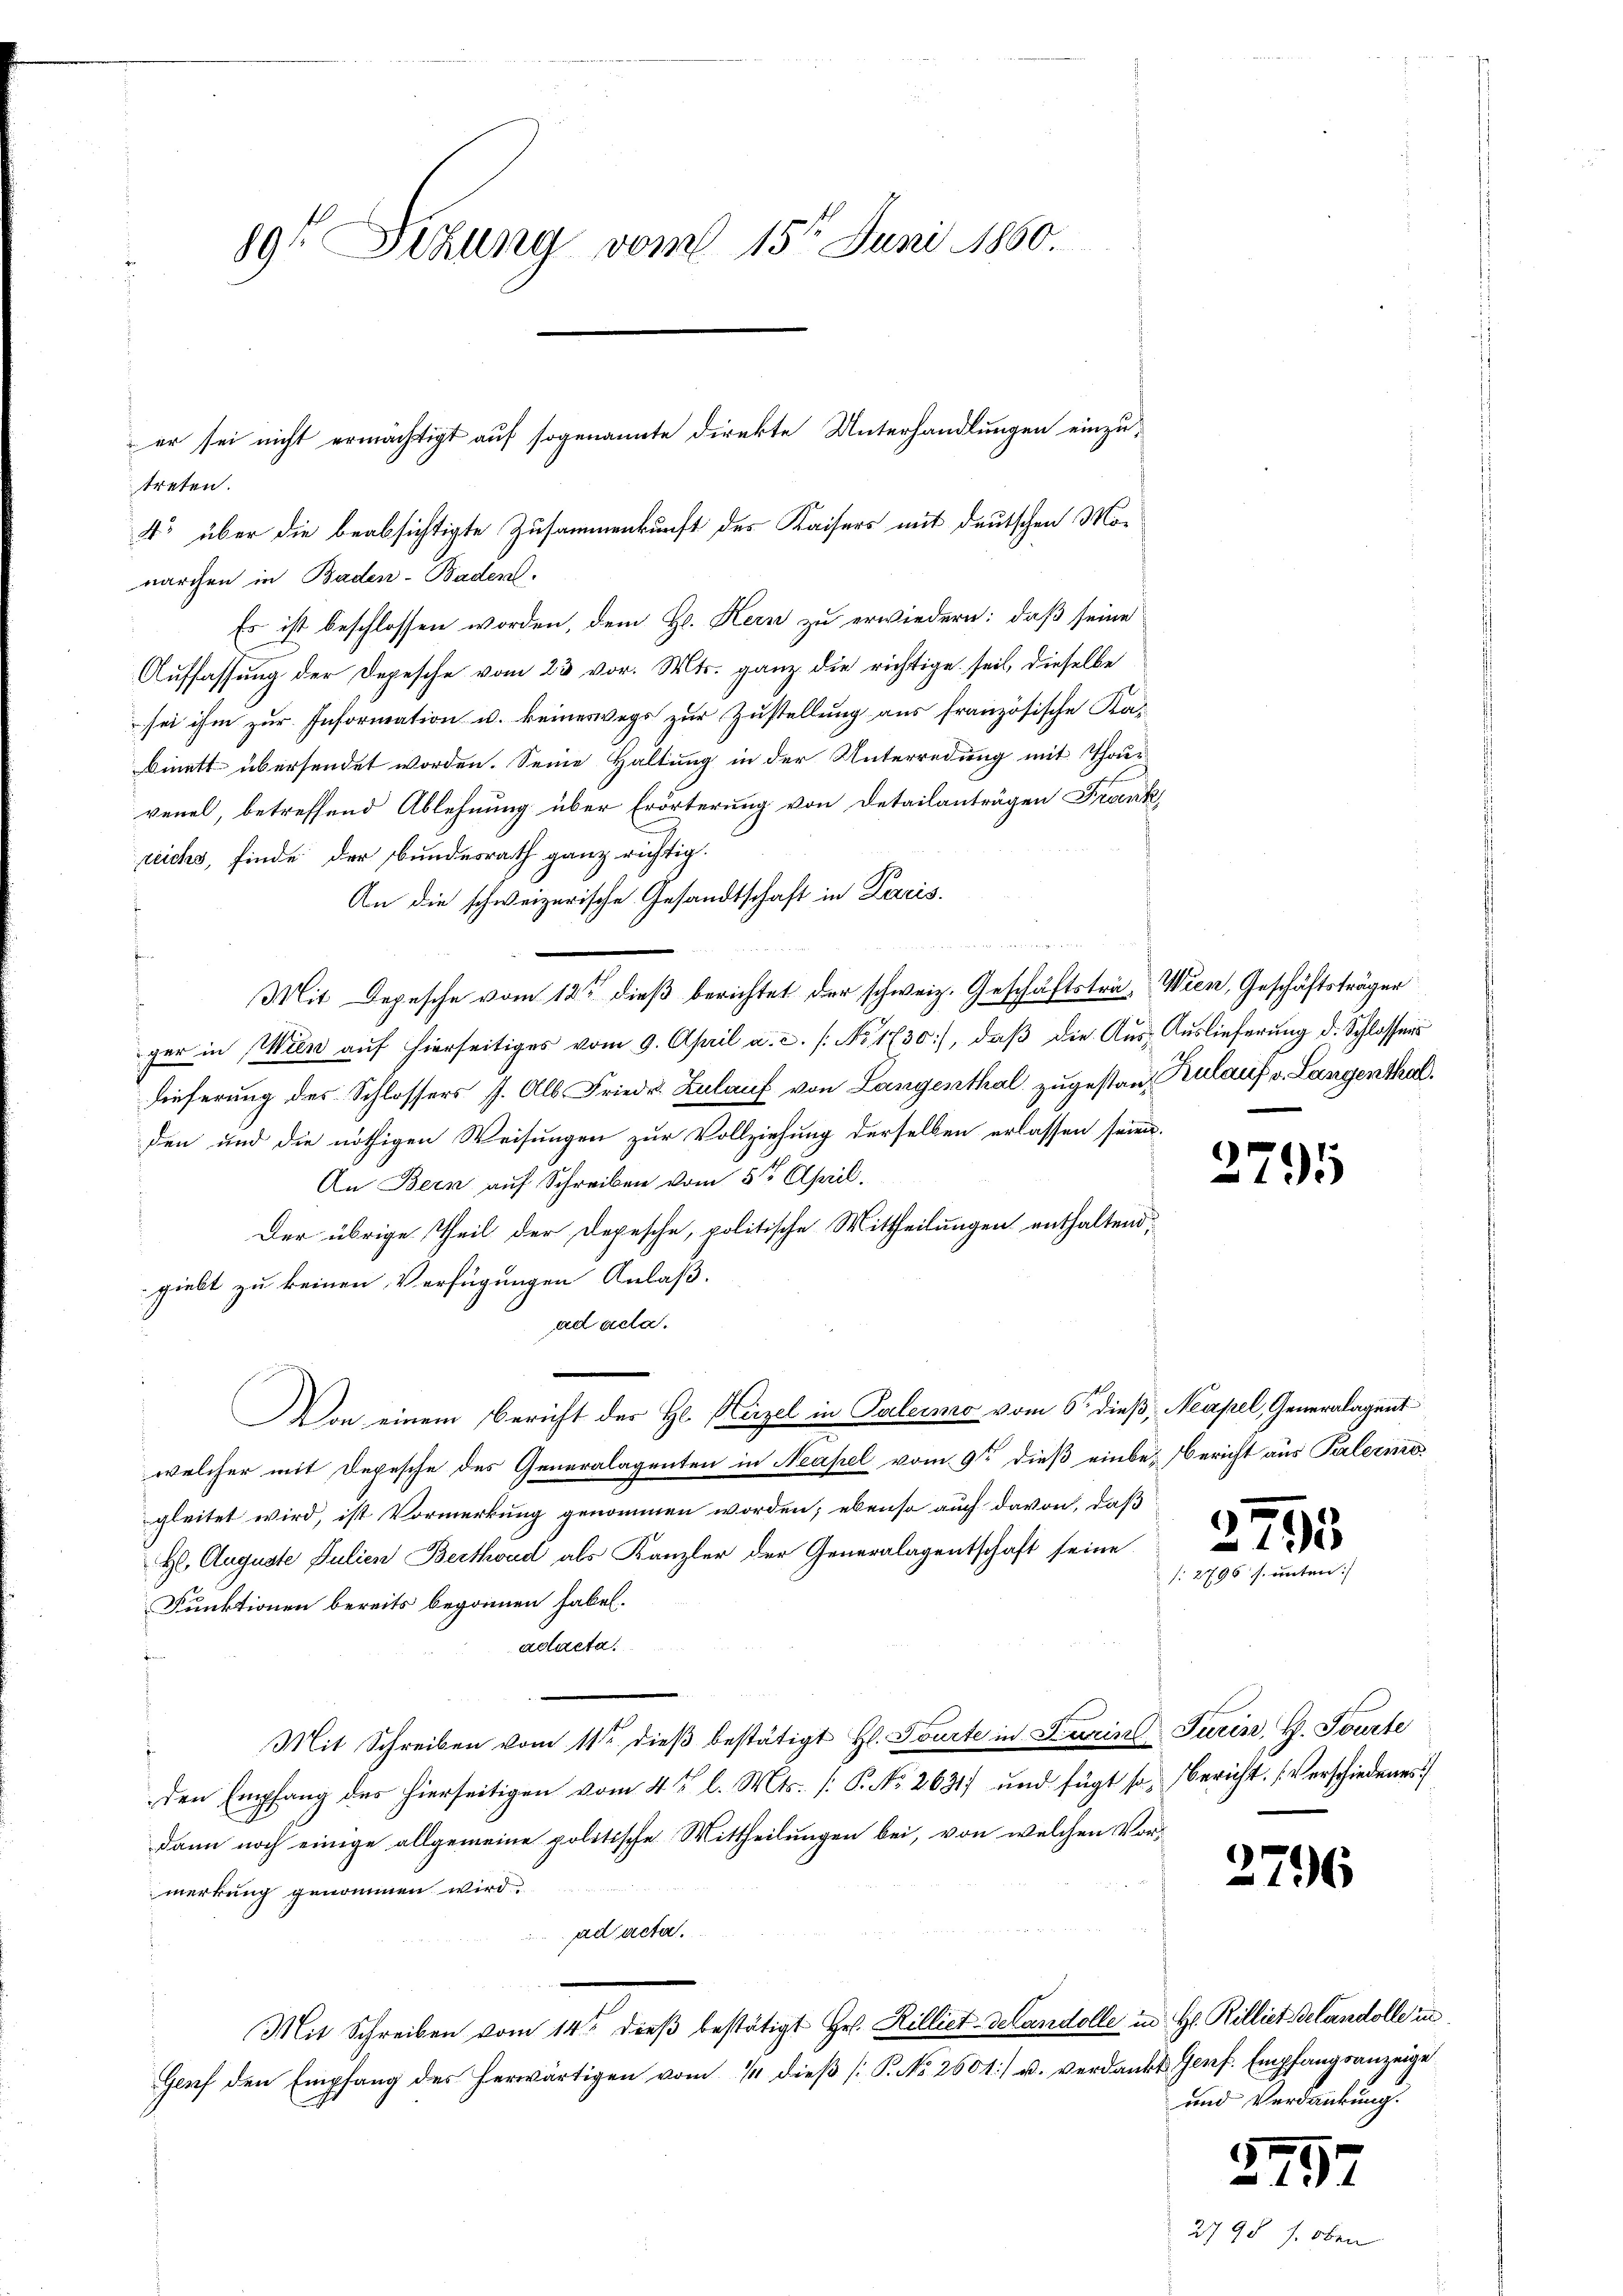
89t Sekung vom 15t Juni 1860.

treten.
4o über die beabsichtigte Zusammenkunft des Kaisers mit deutschen Monarchen in Baden-Baden.
Es ist beschlossen worden, dem H. Kern zu erwiedern: daß seine
Auffassung der Depesche vom 23 vor. Mts. ganz die richtige seit, dieselbe
 sei ihm zur Information u. keineswegs zur Zustellung aus französische Ka-
binett übersendet worden. Seine Haltung in der Unterredung mit Thour
venel, betreffend Ablehnung über Erörterung von Detailanträgen Frank,
reichs, finde der Bundesrath ganz richtig.
An die schweizerische Gesandtschaft in Paris
Mit Depesche vom 18ten dieß berichtet der schweiz. Geschäftsträ- Wien, Geschäftsträger
ger in Wien aŭf hierseitiges vom 9. April a. c. /: No 1730), daβ die Aŭs- Auslieferŭng d. Schlossers
lieferung des Schlossers J. Als Friedr. Zulauf von Langenthal zugestanz, Rulauf v. Langenthal.
den und die nöthigen Weisungen zur Vollziehung derselben erlassen seien.
An Bern auf Schreiben vom 5ten April.
Der übrige Theil der Depesche, politische Mittheilungen enthaltend,
giebt zu keinen Verfügungen Anlaß.
ad ada.
Von einem Bericht des Hl. Herzel in Palermo vom 6. dieß, Neapel, Generalagent
welcher mit Depesche des Generalagenten in Neapel vom 9ten dieß einbe-Bericht aus Palermo
gleitet wird, ist Vormerkung genommen worden; ebenso auch davon, daß
H. Auguste Julien Berthvad als Kanzler der Generalagentschaft seine
Funktionen bereits begonnen haben.
aclacta
Mit Schreiben vom 11ten dieβ bestätigt Hl. Tourte in Zurine Turin, H. Tourte
den Empfang des hierseitigen vom 4ten l. Mts. [P. No 2631 und fügt so, bericht. (Verschiedenes
dann noch einige allgemeine politische Mittheilungen bei, von welchen Vormerkung genommen wird.
ad acta.
Mit Schreiben vom 14ten dieβ bestätigt Hr. Rilliet-Gelandolle in H. Rilliet gelandolle in
Genf den Empfang des herwärtigen vom 14 dieß [P. No. 2601] u. verdankt Genf. Empfangsanzeige

er sei nicht ermächtigt auf sogenannte direkte Unterhandlungen einzu¬

u

e

2795

)
193
2796 s. unten:

2796

und Verdankung.

si

2790

2797